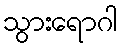
သွားရောဂါ